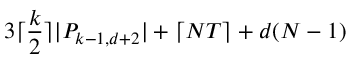
3 \lceil \frac { k } { 2 } \rceil | P _ { k - 1 , d + 2 } | + \lceil N T \rceil + d ( N - 1 )